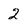
Character: 2